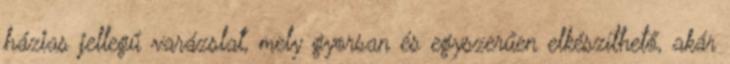
házias jellegű varázslat, mely gyorsan és egyszerűen elkészíthető, akár